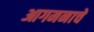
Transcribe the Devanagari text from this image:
आगमनाचे